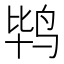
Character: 𲍴